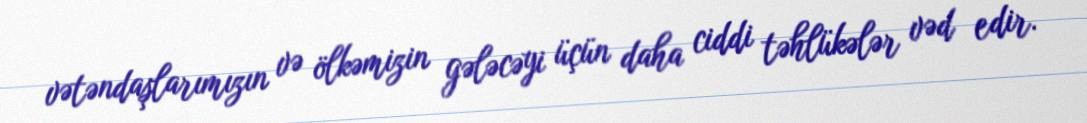
vətəndaşlarımızın və ölkəmizin gələcəyi üçün daha ciddi təhlükələr vəd edir.